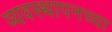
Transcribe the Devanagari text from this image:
व्यवस्थापनच्या